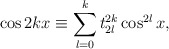
\begin{align*}\cos 2kx\equiv\sum_{l=0}^k t_{2l}^{2k}\cos^{2l}x,\end{align*}